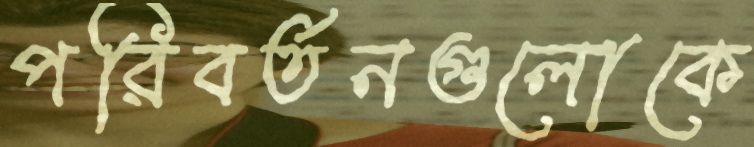
পরিবর্তনগুলোকে